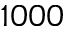
1 0 0 0